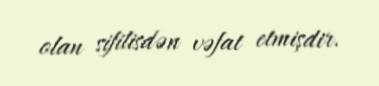
olan sifilisdən vəfat etmişdir.